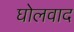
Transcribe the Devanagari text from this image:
घोलवाद